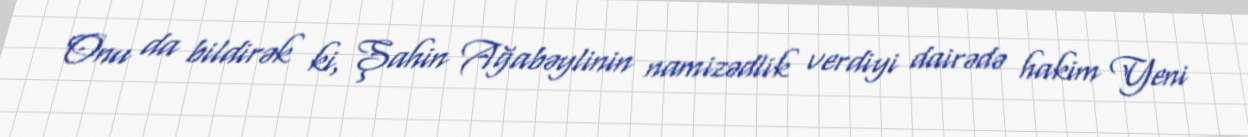
Onu da bildirək ki, Şahin Ağabəylinin namizədlik verdiyi dairədə hakim Yeni